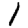
Digit: 1